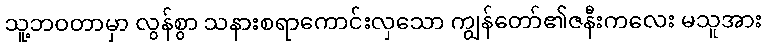
သူ့ဘဝတာမှာ လွန်စွာ သနားစရာကောင်းလှသော ကျွန်တော်၏ဇနီးကလေး မသူအား